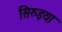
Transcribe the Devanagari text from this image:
सिरुइया